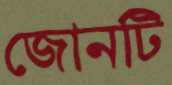
জোনটি